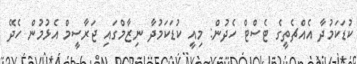
ކުޑަކަމުދާ އެއްޗެތީގެ ޓެސްޓް ހެދުން: މިއީ ކުޑަކަމުދާ ނިޒާމްގައި ޖަރާސީމް އެޅުމުން ހެދޭ